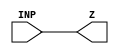
module NBUFFX8_1 (INP,Z);
	input INP;
	output Z;
assign Z = INP;
endmodule